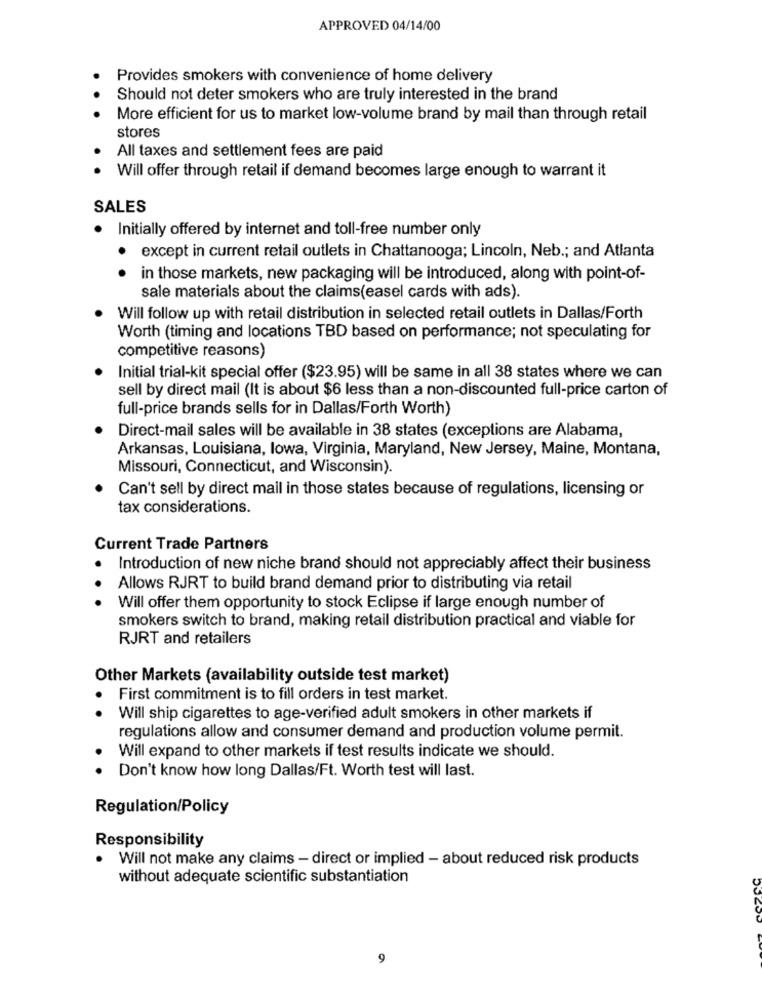
APPROVED 04/14/00
Provides smokers with convenience of home delivery
Should not deter smokers who are truly interested in the brand
More efficient for us to market low-volume brand by mail than through retail
stores
All taxes and settlement fees are paid
Will offer through retail if demand becomes large enough to warrant it
SALES
. Initially offered by internet and toll-free number only
except in current retail outlets in Chattanooga; Lincoln, Neb .; and Atlanta
. .
in those markets, new packaging will be introduced, along with point-of-
sale materials about the claims(easel cards with ads).
Will follow up with retail distribution in selected retail outlets in Dallas/Forth
Worth (timing and locations TBD based on performance; not speculating for
competitive reasons)
Initial trial-kit special offer ($23.95) will be same in all 38 states where we can
sell by direct mail (It is about $6 less than a non-discounted full-price carton of
full-price brands sells for in Dallas/Forth Worth)
Direct-mail sales will be available in 38 states (exceptions are Alabama,
Arkansas, Louisiana, lowa, Virginia, Maryland, New Jersey, Maine, Montana,
Missouri, Connecticut, and Wisconsin).
Can't sell by direct mail in those states because of regulations, licensing or
tax considerations.
Current Trade Partners
Introduction of new niche brand should not appreciably affect their business
Allows RJRT to build brand demand prior to distributing via retail
Will offer them opportunity to stock Eclipse if large enough number of
smokers switch to brand, making retail distribution practical and viable for
RJRT and retailers
Other Markets (availability outside test market)
First commitment is to fill orders in test market.
. .
Will ship cigarettes to age-verified adult smokers in other markets if
regulations allow and consumer demand and production volume permit.
Will expand to other markets if test results indicate we should.
Don't know how long Dallas/Ft. Worth test will last.
Regulation/Policy
Responsibility
Will not make any claims - direct or implied - about reduced risk products
without adequate scientific substantiation
9